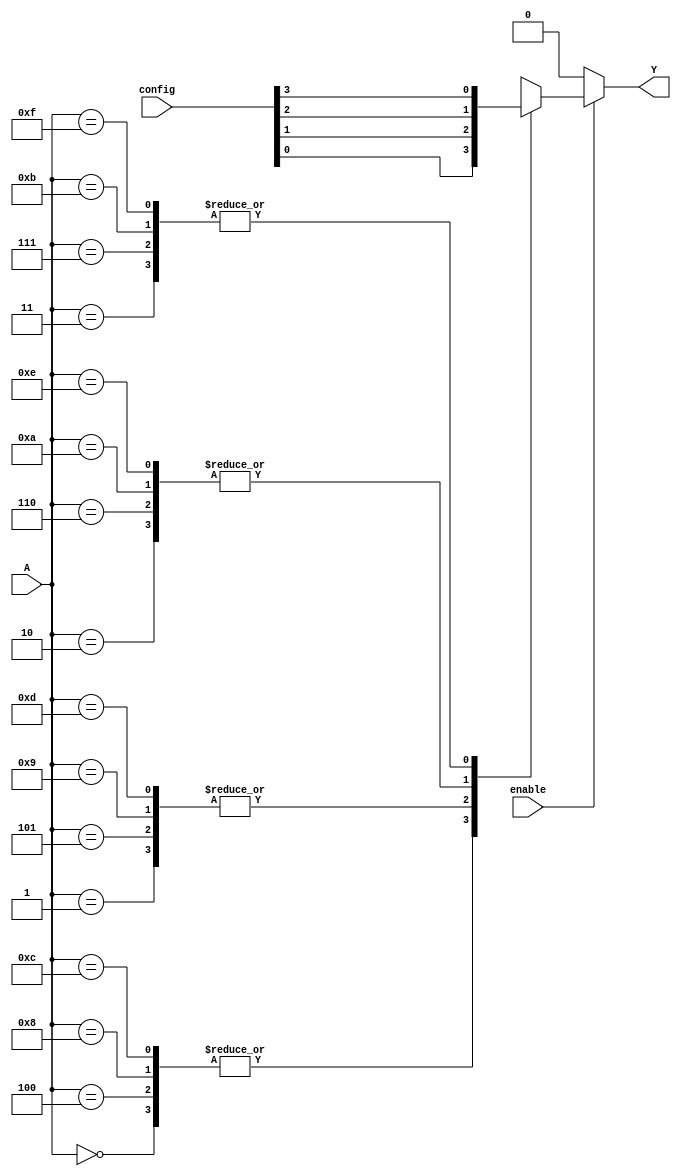
module CLB (
    input wire [3:0] A,          // 4-bit input (can be reduced for fewer inputs)
    input wire [3:0] config,     // Configuration bits from SRAM (4 bits for 16 combinations)
    input wire enable,           // Control signal to enable/disable the CLB
    output reg Y                 // Output
);

// Internal signal for the LUT
reg [15:0] lut; // 16 possible combinations for 4 inputs

// Initialize LUT based on configuration bits
always @(*) begin
    if (enable) begin
        // Load the LUT based on the configuration bits
        lut = {config[3], config[2], config[1], config[0],  // Example configuration
                config[3], config[2], config[1], config[0],
                config[3], config[2], config[1], config[0],
                config[3], config[2], config[1], config[0]};
        
        // Output based on the input combination
        case ({A[3], A[2], A[1], A[0]}) // Concatenate inputs for LUT addressing
            4'b0000: Y = lut[0];  // Address 0
            4'b0001: Y = lut[1];  // Address 1
            4'b0010: Y = lut[2];  // Address 2
            4'b0011: Y = lut[3];  // Address 3
            4'b0100: Y = lut[4];  // Address 4
            4'b0101: Y = lut[5];  // Address 5
            4'b0110: Y = lut[6];  // Address 6
            4'b0111: Y = lut[7];  // Address 7
            4'b1000: Y = lut[8];  // Address 8
            4'b1001: Y = lut[9];  // Address 9
            4'b1010: Y = lut[10]; // Address 10
            4'b1011: Y = lut[11]; // Address 11
            4'b1100: Y = lut[12]; // Address 12
            4'b1101: Y = lut[13]; // Address 13
            4'b1110: Y = lut[14]; // Address 14
            4'b1111: Y = lut[15]; // Address 15
            default: Y = 1'b0;     // Default case
        endcase
    end else begin
        Y = 1'b0; // Output is low when disabled
    end
end

endmodule